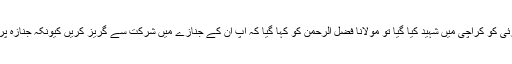
جب مفتی نظام الدین شامزئی کو کراچی میں شہید کیا گیا تو مولانا فضل الرحمٰن کو کہا گیا کہ آپ ان کے جنازے میں شرکت سے گریز کریں کیونکہ جنازہ پر بھی حملے کا خدشہ ہے۔